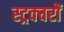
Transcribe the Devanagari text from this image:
स्ट्रक्चरों